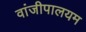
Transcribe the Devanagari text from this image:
वांजीपालयम